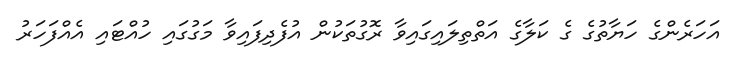
އަހަރެންގެ ހަޔާތުގެ ގެ ކަލާގެ އަތްތިލައިގައިވާ ރޮގުތަކުން އުފެދިފައިވާ މަގުގައި ހުއްޓައި އެއްފަހަރު